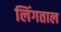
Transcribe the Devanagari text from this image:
लिंगताल